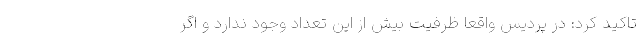
تاکید کرد: در پردیس واقعا ظرفیت بیش از این تعداد وجود ندارد و اگر